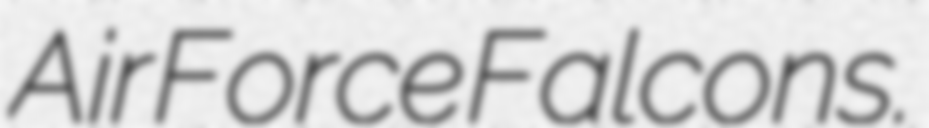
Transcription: Air Force Falcons.